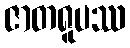
ဇာတရူပဿ